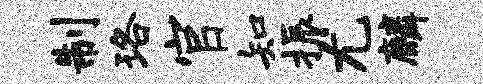
制珞官知振尤麟